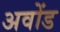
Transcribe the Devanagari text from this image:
अवोंड